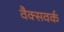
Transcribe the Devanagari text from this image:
वैक्सवर्क